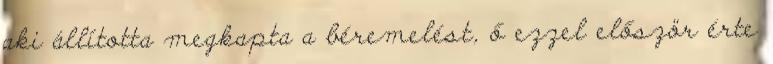
aki állította megkapta a béremelést, ő ezzel először érte